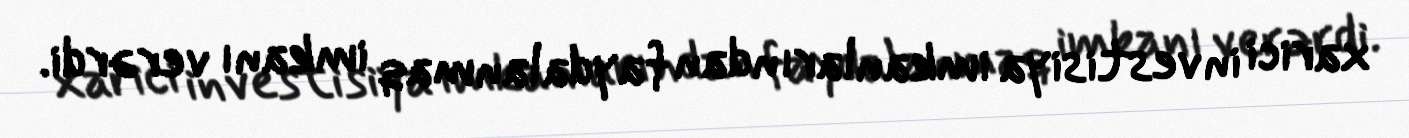
xarici investisiya imkanlarından faydalanmaq imkanı verərdi.